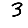
Digit: 3